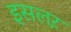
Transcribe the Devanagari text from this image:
इसलऱ़